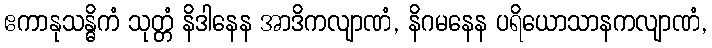
ဧကာနုသန္ဓိကံ သုတ္တံ နိဒါနေန အာဒိကလျာဏံ, နိဂမနေန ပရိယောသာနကလျာဏံ,